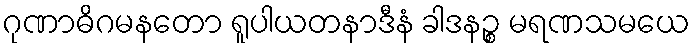
ဂုဏာဓိဂမနတော ရူပါယတနာဒီနံ ခါဒနဉ္စ မရဏသမယေ